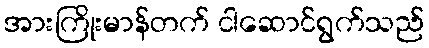
အားကြိုးမာန်တက် ငါဆောင်ရွက်သည်